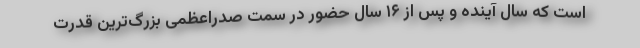
است که سال آینده و پس از ۱۶ سال حضور در سمت صدراعظمی بزرگ‌ترین قدرت